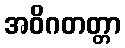
အဝိဂတတ္တာ